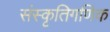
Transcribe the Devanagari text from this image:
संस्कृतिगणिक